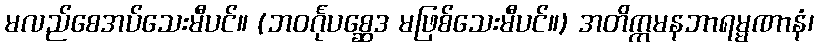
မလည်စေအပ်သေးမီပင်။ (ဘဝင်္ဂုပစ္ဆေဒ မဖြစ်သေးမီပင်။) အတိက္ကမနဘာရမ္မဏာနံ၊